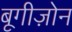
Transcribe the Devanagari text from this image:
बूगीज़ोन